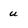
Character: u